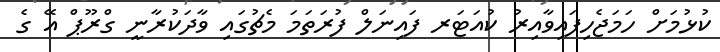
ކުޅުމަށް ހަމަޖެހިފައިވާއިރު ކުއަޓަރ ފައިނަލް ފުރަތަމަ މެޗުގައި ވާދަކުރާނީ ގްރޫޕް އޭ ގެ